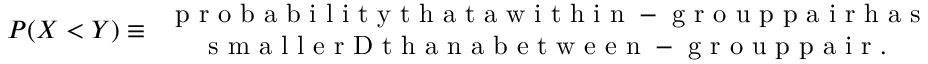
P ( X < Y ) \equiv \begin{array} { c } { \mathrm { ~ p ~ r ~ o ~ b ~ a ~ b ~ i ~ l ~ i ~ t ~ y ~ t ~ h ~ a ~ t ~ a ~ w ~ i ~ t ~ h ~ i ~ n ~ - ~ g ~ r ~ o ~ u ~ p ~ p ~ a ~ i ~ r ~ h ~ a ~ s ~ } } \\ { \mathrm { ~ s ~ m ~ a ~ l ~ l ~ e ~ r ~ D ~ t ~ h ~ a ~ n ~ a ~ b ~ e ~ t ~ w ~ e ~ e ~ n ~ - ~ g ~ r ~ o ~ u ~ p ~ p ~ a ~ i ~ r ~ . ~ } } \end{array}